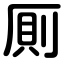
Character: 厠